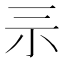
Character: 𡭚